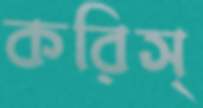
করিস্